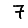
Digit: 7